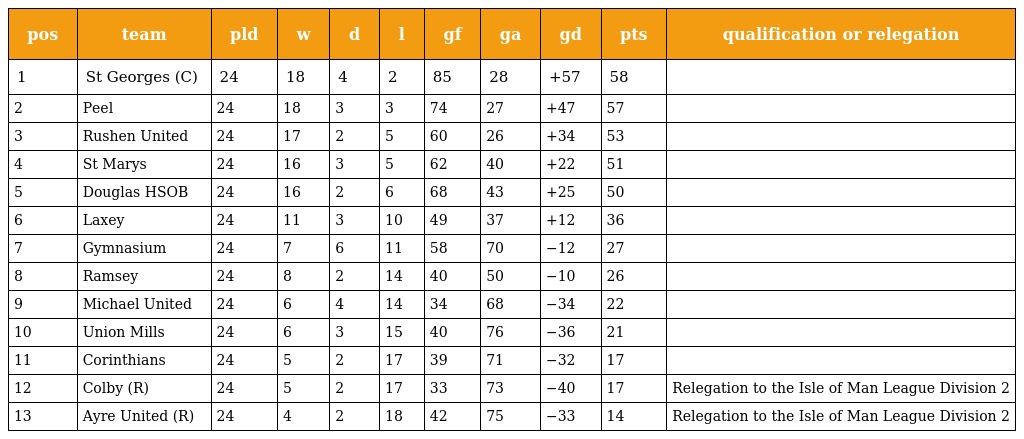
| pos | team | pld | w | d | l | gf | ga | gd | pts | qualification or relegation |
 | --- | --- | --- | --- | --- | --- | --- | --- | --- | --- | --- |
 | 1 | St Georges (C) | 24 | 18 | 4 | 2 | 85 | 28 | +57 | 58 |  |
 | 2 | Peel | 24 | 18 | 3 | 3 | 74 | 27 | +47 | 57 |  |
 | 3 | Rushen United | 24 | 17 | 2 | 5 | 60 | 26 | +34 | 53 |  |
 | 4 | St Marys | 24 | 16 | 3 | 5 | 62 | 40 | +22 | 51 |  |
 | 5 | Douglas HSOB | 24 | 16 | 2 | 6 | 68 | 43 | +25 | 50 |  |
 | 6 | Laxey | 24 | 11 | 3 | 10 | 49 | 37 | +12 | 36 |  |
 | 7 | Gymnasium | 24 | 7 | 6 | 11 | 58 | 70 | −12 | 27 |  |
 | 8 | Ramsey | 24 | 8 | 2 | 14 | 40 | 50 | −10 | 26 |  |
 | 9 | Michael United | 24 | 6 | 4 | 14 | 34 | 68 | −34 | 22 |  |
 | 10 | Union Mills | 24 | 6 | 3 | 15 | 40 | 76 | −36 | 21 |  |
 | 11 | Corinthians | 24 | 5 | 2 | 17 | 39 | 71 | −32 | 17 |  |
 | 12 | Colby (R) | 24 | 5 | 2 | 17 | 33 | 73 | −40 | 17 | Relegation to the Isle of Man League Division 2 |
 | 13 | Ayre United (R) | 24 | 4 | 2 | 18 | 42 | 75 | −33 | 14 | Relegation to the Isle of Man League Division 2 |